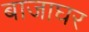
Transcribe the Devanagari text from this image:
बाजाघर